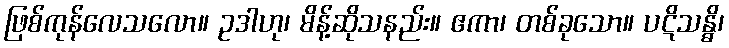
ဖြစ်ကုန်လေသလော။ ဥဒါဟု၊ မိန့်ဆိုသနည်း။ ဧကာ၊ တစ်ခုသော။ ပဋိသန္ဓိ၊